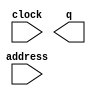
// megafunction wizard: %ROM: 1-PORT%VBB%
// GENERATION: STANDARD
// VERSION: WM1.0
// MODULE: altsyncram 

// ============================================================
// Megafunction Name(s):
// 			altsyncram
//
// Simulation Library Files(s):
// 			altera_mf
// ============================================================
// ************************************************************
// THIS IS A WIZARD-GENERATED FILE. DO NOT EDIT THIS FILE!
//
// 17.1.0 Build 590 10/25/2017 SJ Lite Edition
// ************************************************************

//Copyright (C) 2017  Intel Corporation. All rights reserved.
//Your use of Intel Corporation's design tools, logic functions 
//and other software and tools, and its AMPP partner logic 
//functions, and any output files from any of the foregoing 
//(including device programming or simulation files), and any 
//associated documentation or information are expressly subject 
//to the terms and conditions of the Intel Program License 
//Subscription Agreement, the Intel Quartus Prime License Agreement,
//the Intel FPGA IP License Agreement, or other applicable license
//agreement, including, without limitation, that your use is for
//the sole purpose of programming logic devices manufactured by
//Intel and sold by Intel or its authorized distributors.  Please
//refer to the applicable agreement for further details.

module menu (
	address,
	clock,
	q);

	input	[11:0]  address;
	input	  clock;
	output	[7:0]  q;
`ifndef ALTERA_RESERVED_QIS
// synopsys translate_off
`endif
	tri1	  clock;
`ifndef ALTERA_RESERVED_QIS
// synopsys translate_on
`endif

endmodule

// ============================================================
// CNX file retrieval info
// ============================================================
// Retrieval info: PRIVATE: ADDRESSSTALL_A NUMERIC "0"
// Retrieval info: PRIVATE: AclrAddr NUMERIC "0"
// Retrieval info: PRIVATE: AclrByte NUMERIC "0"
// Retrieval info: PRIVATE: AclrOutput NUMERIC "0"
// Retrieval info: PRIVATE: BYTE_ENABLE NUMERIC "0"
// Retrieval info: PRIVATE: BYTE_SIZE NUMERIC "8"
// Retrieval info: PRIVATE: BlankMemory NUMERIC "0"
// Retrieval info: PRIVATE: CLOCK_ENABLE_INPUT_A NUMERIC "0"
// Retrieval info: PRIVATE: CLOCK_ENABLE_OUTPUT_A NUMERIC "0"
// Retrieval info: PRIVATE: Clken NUMERIC "0"
// Retrieval info: PRIVATE: IMPLEMENT_IN_LES NUMERIC "0"
// Retrieval info: PRIVATE: INIT_FILE_LAYOUT STRING "PORT_A"
// Retrieval info: PRIVATE: INIT_TO_SIM_X NUMERIC "0"
// Retrieval info: PRIVATE: INTENDED_DEVICE_FAMILY STRING "Cyclone V"
// Retrieval info: PRIVATE: JTAG_ENABLED NUMERIC "0"
// Retrieval info: PRIVATE: JTAG_ID STRING "NONE"
// Retrieval info: PRIVATE: MAXIMUM_DEPTH NUMERIC "0"
// Retrieval info: PRIVATE: MIFfilename STRING "init_typing.mif"
// Retrieval info: PRIVATE: NUMWORDS_A NUMERIC "2100"
// Retrieval info: PRIVATE: RAM_BLOCK_TYPE NUMERIC "0"
// Retrieval info: PRIVATE: RegAddr NUMERIC "1"
// Retrieval info: PRIVATE: RegOutput NUMERIC "1"
// Retrieval info: PRIVATE: SYNTH_WRAPPER_GEN_POSTFIX STRING "0"
// Retrieval info: PRIVATE: SingleClock NUMERIC "1"
// Retrieval info: PRIVATE: UseDQRAM NUMERIC "0"
// Retrieval info: PRIVATE: WidthAddr NUMERIC "12"
// Retrieval info: PRIVATE: WidthData NUMERIC "8"
// Retrieval info: PRIVATE: rden NUMERIC "0"
// Retrieval info: LIBRARY: altera_mf altera_mf.altera_mf_components.all
// Retrieval info: CONSTANT: ADDRESS_ACLR_A STRING "NONE"
// Retrieval info: CONSTANT: CLOCK_ENABLE_INPUT_A STRING "BYPASS"
// Retrieval info: CONSTANT: CLOCK_ENABLE_OUTPUT_A STRING "BYPASS"
// Retrieval info: CONSTANT: INIT_FILE STRING "init_typing.mif"
// Retrieval info: CONSTANT: INTENDED_DEVICE_FAMILY STRING "Cyclone V"
// Retrieval info: CONSTANT: LPM_HINT STRING "ENABLE_RUNTIME_MOD=NO"
// Retrieval info: CONSTANT: LPM_TYPE STRING "altsyncram"
// Retrieval info: CONSTANT: NUMWORDS_A NUMERIC "2100"
// Retrieval info: CONSTANT: OPERATION_MODE STRING "ROM"
// Retrieval info: CONSTANT: OUTDATA_ACLR_A STRING "NONE"
// Retrieval info: CONSTANT: OUTDATA_REG_A STRING "CLOCK0"
// Retrieval info: CONSTANT: WIDTHAD_A NUMERIC "12"
// Retrieval info: CONSTANT: WIDTH_A NUMERIC "8"
// Retrieval info: CONSTANT: WIDTH_BYTEENA_A NUMERIC "1"
// Retrieval info: USED_PORT: address 0 0 12 0 INPUT NODEFVAL "address[11..0]"
// Retrieval info: USED_PORT: clock 0 0 0 0 INPUT VCC "clock"
// Retrieval info: USED_PORT: q 0 0 8 0 OUTPUT NODEFVAL "q[7..0]"
// Retrieval info: CONNECT: @address_a 0 0 12 0 address 0 0 12 0
// Retrieval info: CONNECT: @clock0 0 0 0 0 clock 0 0 0 0
// Retrieval info: CONNECT: q 0 0 8 0 @q_a 0 0 8 0
// Retrieval info: GEN_FILE: TYPE_NORMAL menu.v TRUE
// Retrieval info: GEN_FILE: TYPE_NORMAL menu.inc FALSE
// Retrieval info: GEN_FILE: TYPE_NORMAL menu.cmp FALSE
// Retrieval info: GEN_FILE: TYPE_NORMAL menu.bsf FALSE
// Retrieval info: GEN_FILE: TYPE_NORMAL menu_inst.v FALSE
// Retrieval info: GEN_FILE: TYPE_NORMAL menu_bb.v TRUE
// Retrieval info: LIB_FILE: altera_mf